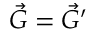
\vec { G } = \vec { G } ^ { \prime }